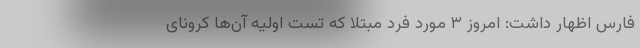
فارس اظهار داشت: امروز ۳ مورد فرد مبتلا که تست اولیه آن‌ها کرونای